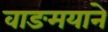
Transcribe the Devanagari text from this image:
वाङमयाने